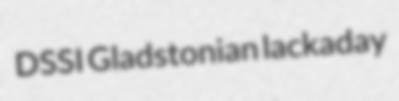
DSSI Gladstonian lackaday